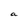
Character: a